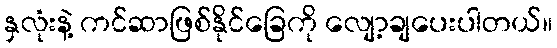
နှလုံးနဲ့ ကင်ဆာဖြစ်နိုင်ခြေကို လျော့ချပေးပါတယ်။